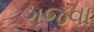
ગજવા